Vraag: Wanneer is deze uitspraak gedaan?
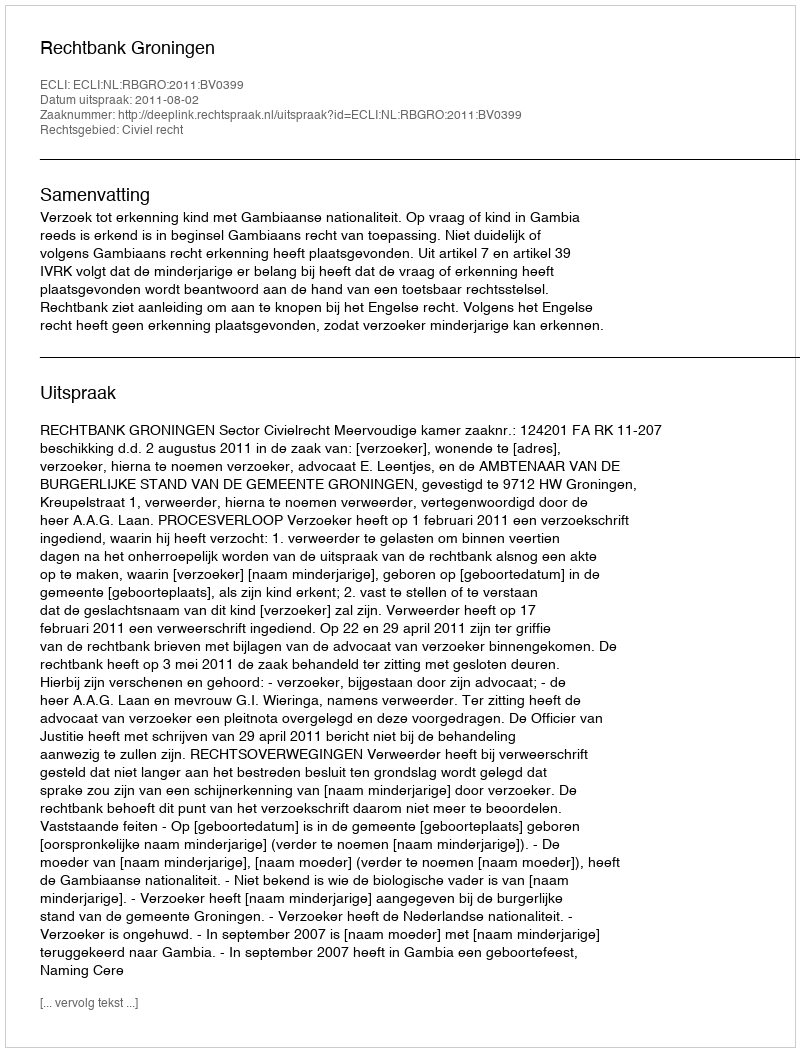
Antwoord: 2011-08-02